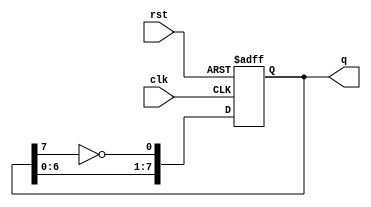
module johnson_counter (
    input wire clk,      // Clock input
    input wire rst,      // Reset input
    output reg [7:0] q   // 8-bit output
);

    // Sequential logic for the Johnson counter
    always @(posedge clk or posedge rst) begin
        if (rst) begin
            q <= 8'b00000000; // Reset the counter to 0
        end else begin
            // Shift the values and feedback the inverted last bit
            q[0] <= ~q[7]; // D0 takes the inverted value of Q7
            q[1] <= q[0];  // D1 takes the value of Q0
            q[2] <= q[1];  // D2 takes the value of Q1
            q[3] <= q[2];  // D3 takes the value of Q2
            q[4] <= q[3];  // D4 takes the value of Q3
            q[5] <= q[4];  // D5 takes the value of Q4
            q[6] <= q[5];  // D6 takes the value of Q5
            q[7] <= q[6];  // D7 takes the value of Q6
        end
    end

endmodule